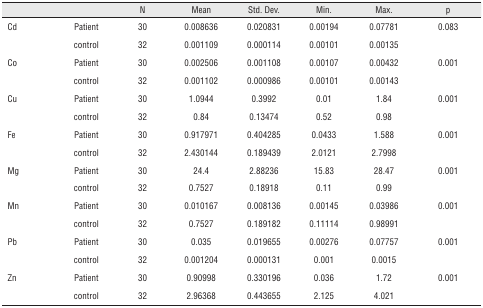
<table><thead><tr><td></td><td></td><td><b>N</b></td><td><b>Mean</b></td><td><b>Std. Dev.</b></td><td><b>Min.</b></td><td><b>Max.</b></td><td><b>p</b></td></tr></thead><tbody><tr><td>Cd</td><td>Patient</td><td>30</td><td>0.008636</td><td>0.020831</td><td>0.00194</td><td>0.07781</td><td>0.083</td></tr><tr><td></td><td>control</td><td>32</td><td>0.001109</td><td>0.000114</td><td>0.00101</td><td>0.00135</td><td></td></tr><tr><td>Co</td><td>Patient</td><td>30</td><td>0.002506</td><td>0.001108</td><td>0.00107</td><td>0.00432</td><td>0.001</td></tr><tr><td></td><td>control</td><td>32</td><td>0.001102</td><td>0.000986</td><td>0.00101</td><td>0.00143</td><td></td></tr><tr><td>Cu</td><td>Patient</td><td>30</td><td>1.0944</td><td>0.3992</td><td>0.01</td><td>1.84</td><td>0.001</td></tr><tr><td></td><td>control</td><td>32</td><td>0.84</td><td>0.13474</td><td>0.52</td><td>0.98</td><td></td></tr><tr><td>Fe</td><td>Patient</td><td>30</td><td>0.917971</td><td>0.404285</td><td>0.0433</td><td>1.588</td><td>0.001</td></tr><tr><td></td><td>control</td><td>32</td><td>2.430144</td><td>0.189439</td><td>2.0121</td><td>2.7998</td><td></td></tr><tr><td>Mg</td><td>Patient</td><td>30</td><td>24.4</td><td>2.88236</td><td>15.83</td><td>28.47</td><td>0.001</td></tr><tr><td></td><td>control</td><td>32</td><td>0.7527</td><td>0.18918</td><td>0.11</td><td>0.99</td><td></td></tr><tr><td>Mn</td><td>Patient</td><td>30</td><td>0.010167</td><td>0.008136</td><td>0.00145</td><td>0.03986</td><td>0.001</td></tr><tr><td></td><td>control</td><td>32</td><td>0.7527</td><td>0.189182</td><td>0.11114</td><td>0.98991</td><td></td></tr><tr><td>Pb</td><td>Patient</td><td>30</td><td>0.035</td><td>0.019655</td><td>0.00276</td><td>0.07757</td><td>0.001</td></tr><tr><td></td><td>control</td><td>32</td><td>0.001204</td><td>0.000131</td><td>0.001</td><td>0.0015</td><td></td></tr><tr><td>Zn</td><td>Patient</td><td>30</td><td>0.90998</td><td>0.330196</td><td>0.036</td><td>1.72</td><td>0.001</td></tr><tr><td></td><td>control</td><td>32</td><td>2.96368</td><td>0.443655</td><td>2.125</td><td>4.021</td><td></td></tr></tbody></table>